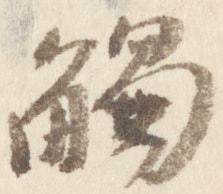
触